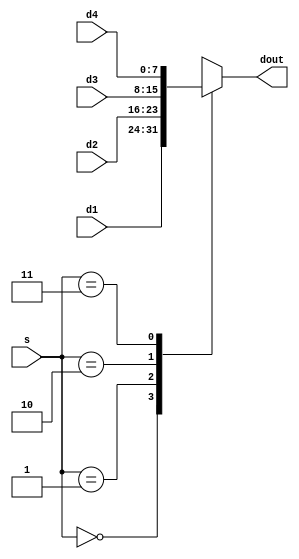
module mux_4x1_8b(dout,d1,d2,d3,d4,s);
	output reg [7:0] dout;
	input [7:0] d1,d2,d3,d4;
	input [1:0] s;
	always @(*)
		begin
			case (s)
				2'b00: dout<=d1;
				2'b01: dout<=d2;
				2'b10: dout<=d3;
				2'b11: dout<=d4;
				default: dout<=4'd0;
			endcase
		end
endmodule